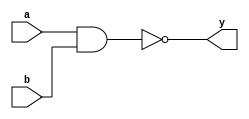
module nand2(a, b, y);

    input a, b;
    output y;
    assign y = a ~& b;

endmodule